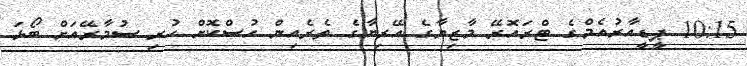
10:15 ޕީޑީއާރުއެމްގެ ޓްރައޮރޭ މާޒިޔާގެ އޭރިޔާގެ ތެރެއިން ހުސްކޮށް ހުރި ސުމާރޭއަށް ބޯޅަ